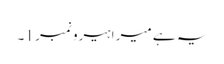
یہ ہے میرا ہیرو نمبر 1۔